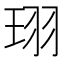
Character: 珝